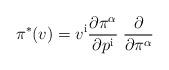
LaTeX: \begin{align*}\pi^*(v) = v^{\mathrm{i}} {\partial \pi^\alpha\over \partial p^{\mathrm{i}}}\; {\partial\over \partial \pi^\alpha}\end{align*}